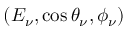
( E _ { \nu } , \cos \theta _ { \nu } , \phi _ { \nu } )